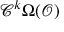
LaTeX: { \mathcal { C } } ^ { k } \Omega ( { \mathcal { O } } )